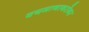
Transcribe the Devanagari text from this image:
वयमानाबरोबर